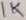
Text: 1K